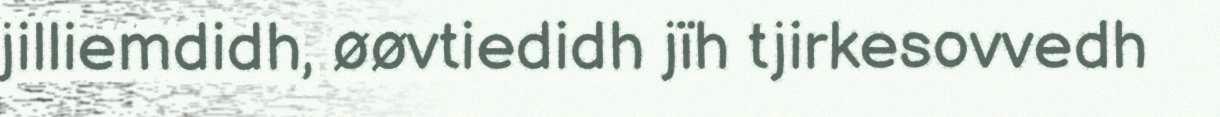
jilliemdidh, øøvtiedidh jïh tjirkesovvedh